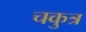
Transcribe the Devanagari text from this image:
चकुत्र